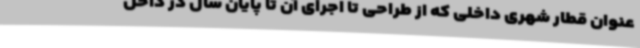
عنوان قطار شهری داخلی که از طراحی تا اجرای آن تا پایان سال در داخل